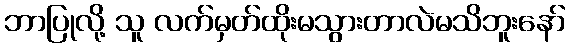
ဘာပြုလို့ သူ လက်မှတ်ထိုးမသွားတာလဲမသိဘူးနော်